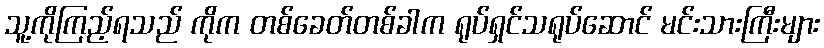
သူ့ကိုကြည့်ရသည် ကိုက တစ်ခေတ်တစ်ခါက ရုပ်ရှင်သရုပ်ဆောင် မင်းသားကြီးများ